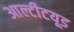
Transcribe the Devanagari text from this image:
आल्टीटयूड